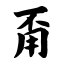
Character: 甭